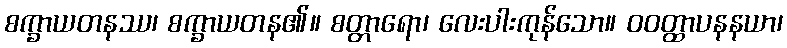
စက္ခာယတနဿ၊ စက္ခာယတန၏။ စတ္တာရော၊ လေးပါးကုန်သော။ ဝဝတ္ထာပနနယာ၊